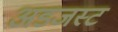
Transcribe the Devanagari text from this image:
अडजस्ट